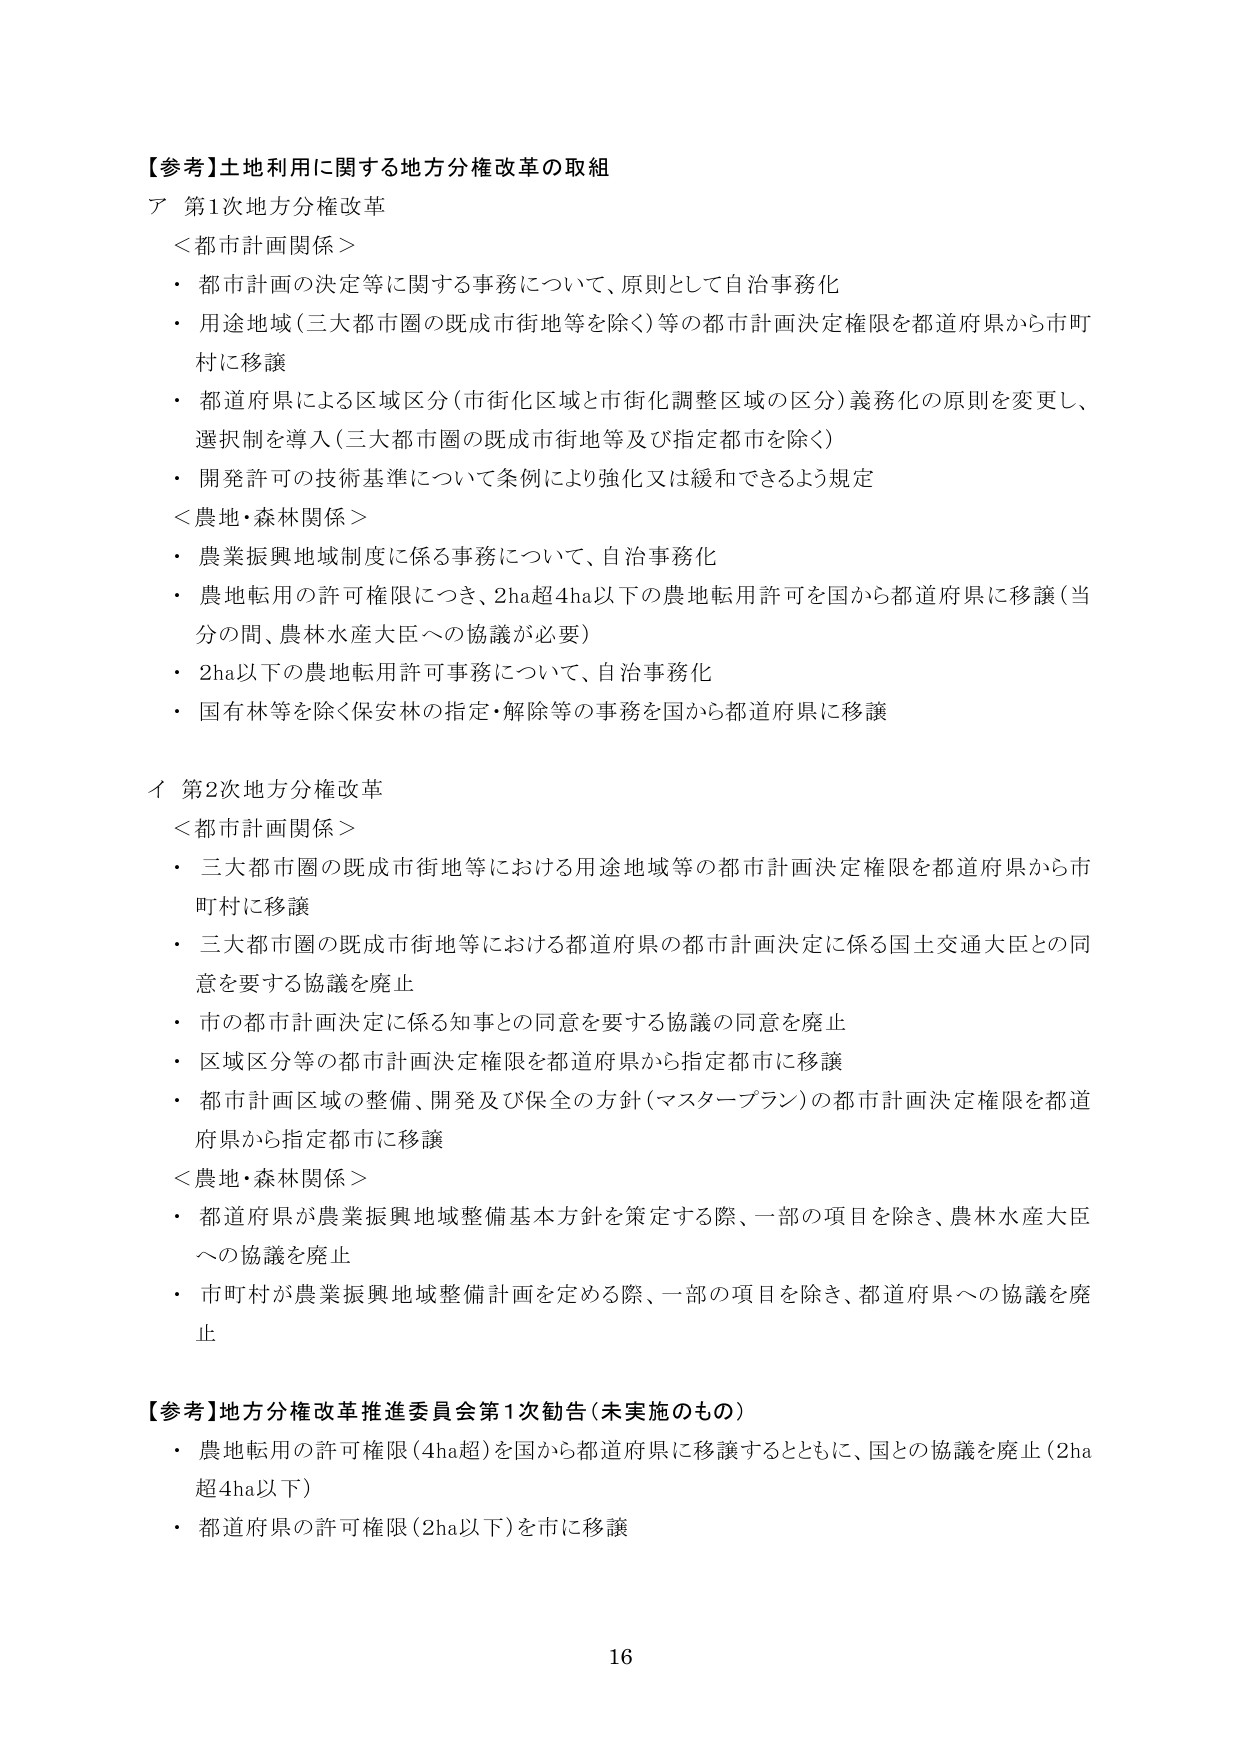
【参考】土地利用に関する地方分権改革の取組
ア 第1次地方分権改革
＜都市計画関係＞
・都市計画の決定等に関する事務について、原則として自治事務化
・用途地域（三大都市圏の既成市街地等を除く）等の都市計画決定権限を都道府県から市町村に移譲
・都道府県による区域区分（市街化区域と市街化調整区域の区分）義務化の原則を変更し、選択制を導入（三大都市圏の既成市街地等及び指定都市を除く）
・開発許可の技術基準について条例により強化又は緩和できるよう規定
＜農地・森林関係＞
・農業振興地域制度に係る事務について、自治事務化
・農地転用の許可権限につき、2ha超4ha以下の農地転用許可を国から都道府県に移譲（当分の間、農林水産大臣への協議が必要）
・2ha以下の農地転用許可事務について、自治事務化
・国有林等を除く保安林の指定・解除等の事務を国から都道府県に移譲

イ 第2次地方分権改革
＜都市計画関係＞
・三大都市圏の既成市街地等における用途地域等の都市計画決定権限を都道府県から市町村に移譲
・三大都市圏の既成市街地等における都道府県の都市計画決定に係る国土交通大臣との同意を要する協議を廃止
・市の都市計画決定に係る知事との同意を要する協議の同意を廃止
・区域区分等の都市計画決定権限を都道府県から指定都市に移譲
・都市計画区域の整備、開発及び保全の方針（マスタープラン）の都市計画決定権限を都道府県から指定都市に移譲
＜農地・森林関係＞
・都道府県が農業振興地域整備基本方針を策定する際、一部の項目を除き、農林水産大臣への協議を廃止
・市町村が農業振興地域整備計画を定める際、一部の項目を除き、都道府県への協議を廃止

【参考】地方分権改革推進委員会第1次勧告（未実施のもの）
・農地転用の許可権限（4ha超）を国から都道府県に移譲するとともに、国との協議を廃止（2ha超4ha以下）
・都道府県の許可権限（2ha以下）を市に移譲

16